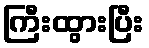
ကြီးထွားပြီး